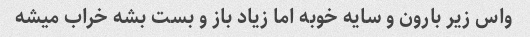
واس زیر بارون و سایه خوبه اما زیاد باز و بست بشه خراب میشه